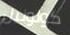
كولونيل